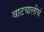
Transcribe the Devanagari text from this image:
वाटचालीचं